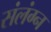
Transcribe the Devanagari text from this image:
संलंग्न